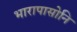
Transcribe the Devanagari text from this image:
भारापासोनि